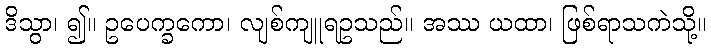
ဒိသွာ၊ ၍။ ဥပေက္ခကော၊ လျစ်ကျူရဥသည်။ အဿ ယထာ၊ ဖြစ်ရာသကဲသို့။